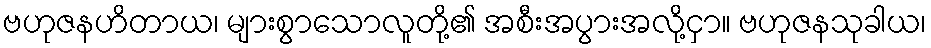
ဗဟုဇနဟိတာယ၊ များစွာသောလူတို့၏ အစီးအပွားအလို့ငှာ။ ဗဟုဇနသုခါယ၊